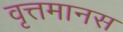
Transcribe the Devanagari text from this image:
वृत्तमानस